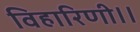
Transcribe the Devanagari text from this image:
विहारिणी।।